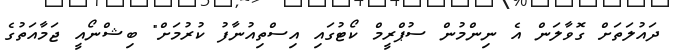
ދައުލަތަށް ގޮވާލަން އެ ނިންމުން ސުޕްރީމް ކޯޓުގައި އިސްތިއުނާފު ކުރުމަށް" ބިޝްނޯއީ ޖަމާއަތުގެ